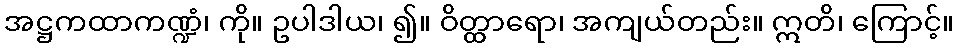
အဋ္ဌကထာကဏ္ဍံ၊ ကို။ ဥပါဒါယ၊ ၍။ ဝိတ္ထာရော၊ အကျယ်တည်း။ ဣတိ၊ ကြောင့်။